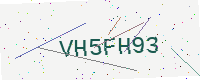
Text: VH5FH93